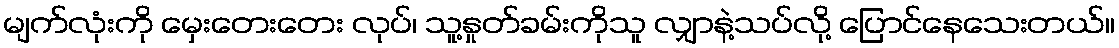
မျက်လုံးကို မှေးတေးတေး လုပ်၊ သူ့နှုတ်ခမ်းကိုသူ လျှာနဲ့သပ်လို့ ပြောင်နေသေးတယ်။